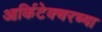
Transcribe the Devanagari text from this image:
आर्किटेक्चरच्या